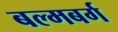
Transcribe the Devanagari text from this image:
बल्मबर्ग